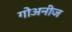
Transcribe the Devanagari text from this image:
गोअनीज